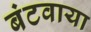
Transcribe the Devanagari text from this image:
बंटवाया